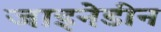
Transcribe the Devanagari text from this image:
जाइनेडीन